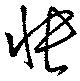
悵